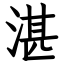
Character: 湛